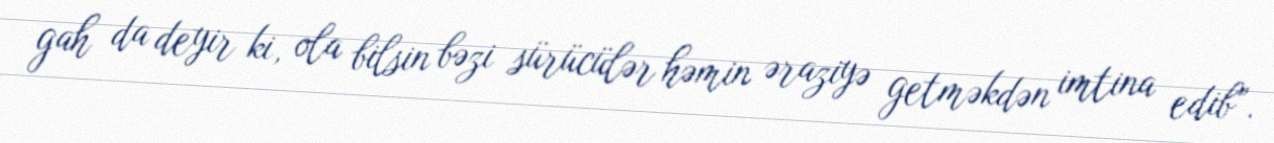
gah da deyir ki, ola bilsin bəzi sürücülər həmin əraziyə getməkdən imtina edib”.